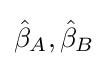
{\hat {\beta }}_{A},{\hat {\beta }}_{B}